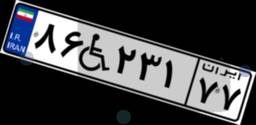
۸۶W۲۳۱۷۷